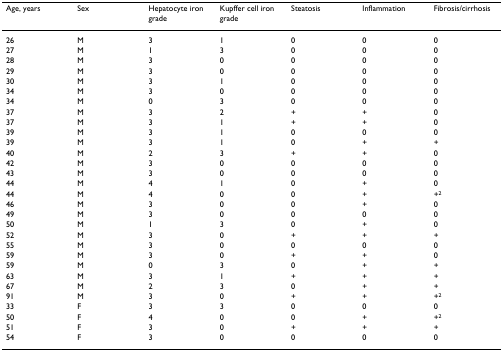
| Age, years | Sex | Hepatocyte iron grade | Kupffer cell iron grade | Steatosis | Inflammation | Fibrosis/cirrhosis |
 | --- | --- | --- | --- | --- | --- | --- |
 | 26 | M | 3 | 1 | 0 | 0 | 0 |
 | 27 | M | 1 | 3 | 0 | 0 | 0 |
 | 28 | M | 3 | 0 | 0 | 0 | 0 |
 | 29 | M | 3 | 0 | 0 | 0 | 0 |
 | 30 | M | 3 | 1 | 0 | 0 | 0 |
 | 34 | M | 3 | 0 | 0 | 0 | 0 |
 | 34 | M | 0 | 3 | 0 | 0 | 0 |
 | 37 | M | 3 | 2 | + | + | 0 |
 | 37 | M | 3 | 1 | + | + | 0 |
 | 39 | M | 3 | 1 | 0 | 0 | 0 |
 | 39 | M | 3 | 1 | 0 | + | + |
 | 40 | M | 2 | 3 | + | + | 0 |
 | 42 | M | 3 | 0 | 0 | 0 | 0 |
 | 43 | M | 3 | 0 | 0 | 0 | 0 |
 | 44 | M | 4 | 1 | 0 | + | 0 |
 | 44 | M | 4 | 0 | 0 | + | +2 |
 | 46 | M | 3 | 0 | 0 | + | 0 |
 | 49 | M | 3 | 0 | 0 | 0 | 0 |
 | 50 | M | 1 | 3 | 0 | + | 0 |
 | 52 | M | 3 | 0 | + | + | + |
 | 55 | M | 3 | 0 | 0 | 0 | 0 |
 | 59 | M | 3 | 0 | + | + | 0 |
 | 59 | M | 0 | 3 | 0 | + | + |
 | 63 | M | 3 | 1 | + | + | + |
 | 67 | M | 2 | 3 | 0 | + | + |
 | 91 | M | 3 | 0 | + | + | +2 |
 | 33 | F | 3 | 3 | 0 | 0 | 0 |
 | 50 | F | 4 | 0 | 0 | + | +2 |
 | 51 | F | 3 | 0 | + | + | + |
 | 54 | F | 3 | 0 | 0 | 0 | 0 |